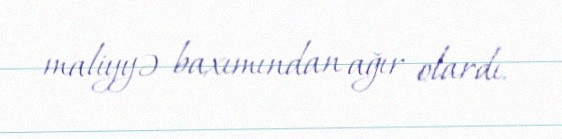
maliyyə baxımından ağır olardı.